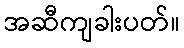
အဆီကျခါးပတ်။